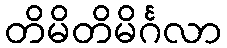
တိမိတိမိင်္ဂလာ